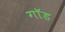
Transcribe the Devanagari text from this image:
गाॅड